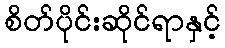
စိတ်ပိုင်းဆိုင်ရာနှင့်